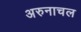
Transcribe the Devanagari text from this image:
अरुनाचल